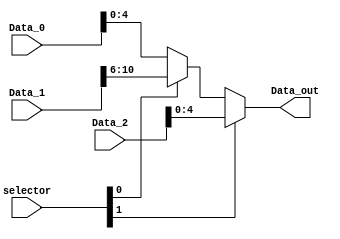
module mux_Sa (
    input wire  [1:0] selector,    // SHIFTAmt
    input wire  [31:0] Data_0,      // BOut (rt)
    input wire  [15:0] Data_1,      // IMMEDIATE (shamt)
    input wire  [31:0] Data_2,       // MDROut (Mem[offset+rs])
    output wire [4:0] Data_out     // N (Quantidade de vezes que vai haver o deslocamento)
);

    wire [4:0] out;

    assign out = (selector[0]) ? Data_1[10:6] : Data_0[4:0];
    assign Data_out = (selector[1]) ? Data_2[4:0] : out;

    /*

        Data_0 ---- 0 |
        Data_1 ---- 1 | --- out --- 0 \
        Data_2 -------------------- 1 / --- Data_out ->

    */
    
endmodule